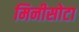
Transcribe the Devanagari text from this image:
मिनीसोटा